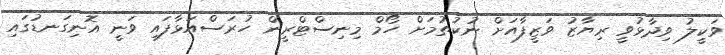
ވަކީލު ވިދާޅުވީ ރިޔާޒު ވަޒީފާއަށް ނުކުތުމަށް ހޯމް މިނިސްޓްރީން ހުރަސްއަޅާފައި ވަނީ އޮނިގަނޑުގައި